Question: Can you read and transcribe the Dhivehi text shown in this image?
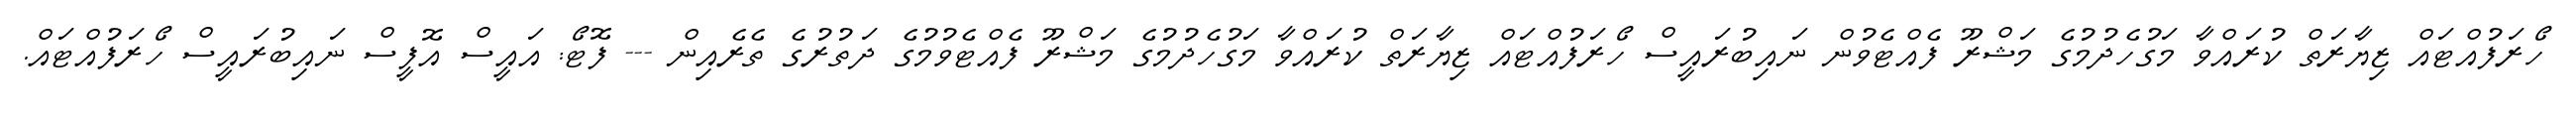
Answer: ހޯރަފުއްޓައް ޒިޔާރަތް ކުރައްވާ މަގުހެދުމުގެ މަޝްރޫ ފެއްޓެވުން ނައިބުރައީސް ހޯރަފުއްޓައް ޒިޔާރަތް ކުރައްވާ މަގުހެދުމުގެ މަޝްރޫ ފެއްޓެވުމުގެ ދަތުރުގެ ތެރެއިން --- ފޮޓޯ: އައީސް އޮފީސް ނައިބުރައީސް ހޯރަފުއްޓައް.